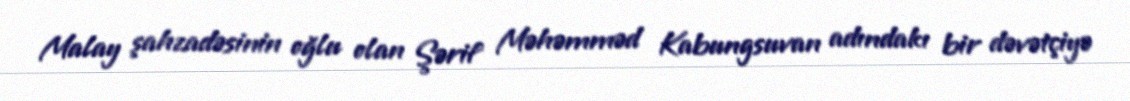
Malay şahzadəsinin oğlu olan Şərif Məhəmməd Kabungsuvan adındakı bir dəvətçiyə